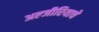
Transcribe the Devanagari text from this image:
अल्जीरियाचे